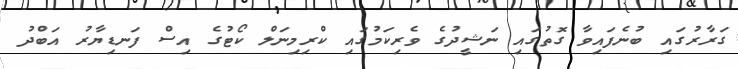
ގަރާރުގައި ބުނެފައިވާ ގޮތުގައި ނަޝީދުގެ ވެރިކަމުގައި ކްރިމިނަލް ކޯޓުގެ އިސް ފަނޑިޔާރު އަބްދު